Civil Veterinary Department Bihar reports 1936-40 - 1936-1940
Year: 1936
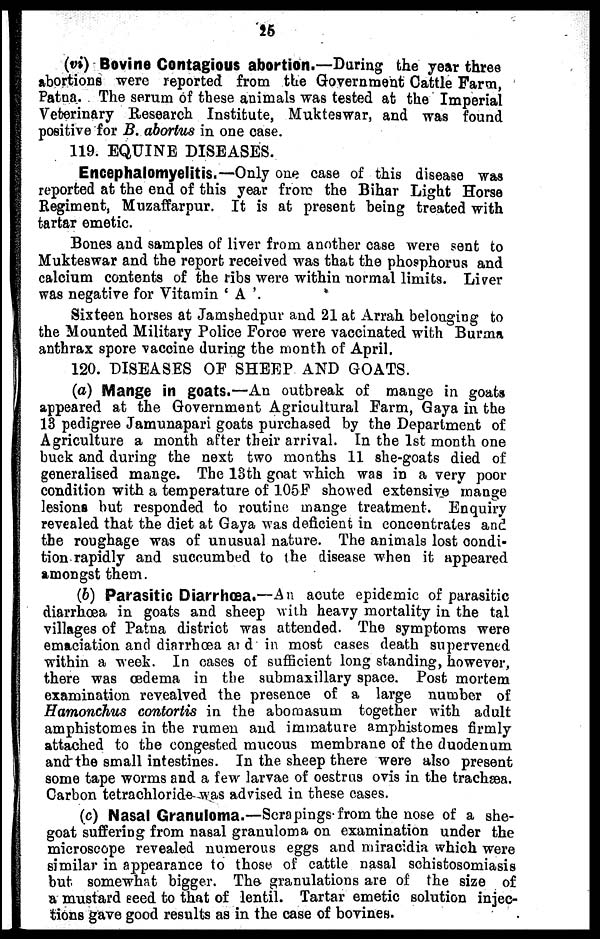
25
(vi) Bovine Contagious abortion.—Baring the year three
abortions were reported from the Government Cattle Farm,
Patna. The serum of these animale was tested at the Imperial
Veterinary Research Institute, Mukteswar, and was found
positive for B. abortus in one case.
119. EQUINE DISEASES.
Encephalomyelitis.—Only one case of this disease was
reported at the end of this year from the Bihar Light Horse
Regiment, Muzaffarpur. It is at present being treated with
tartar emetic.
Bones and samples of liver from another case were sent to
Mukteswar and the report received was that the phosphorus and
calcium contents of the ribs were within normal limits. Liver
was negative for Vitamin 'A'.
Sixteen horses at Jamshedpur and 21 at Arrah belonging to
the Mounted Military Police Force were vaccinated with Burma
anthrax spore vaccine during the month of April.
120. DISEASES OF SHEEP AND GOATS.
(a) Mange in goats.—An outbreak of mange in goats
appeared at the Government Agricultural Farm, Gaya in the
13 pedigree Jamunapari goats purchased by the Department of
Agriculture a month after their arrival. In the 1st month one
buck and during the next two months 11 she-goats died of
generalised mange. The 13th goat which was in a very poor
condition with a temperature of 105F showed extensive mange
lesions hut responded to routine mange treatment. Enquiry
revealed that the diet at Gaya was deficient in concentrates and
the roughage was of unusual nature. The animals lost condi-
tion rapidly and succumbed to the disease when it appeared
amongst them.
(b) Parasitic Diarrhœa.—An acute epidemic of parasitic
diarrhæa in goats and sheep with heavy mortality in the tal
villages of Patna district was attended. The symptoms were
emaciation and diarrhoea and in most cases death supervened
within a week. In oases of sufficient long standing, however,
there was œdema in the submaxillary space. Post mortem
examination revealved the presence of a large number of
Hamonchus contortis in the abomasum together with adult
amphistomes in the rumen and immature amphistomes firmly
attached to the congested mucous membrane of the duodenum
and the small intestines. In the sheep there were also present
some tape worms and a few larvae of oestrus ovis in the trachæa.
Carbon tetrachloride was advised in these cases.
(c) Nasal Granuloma.—Scrapings from the nose of a she-
goat suffering from nasal granuloma on examination under the
microscope revealed numerous eggs and miracidia which were
similar in appearance to those of cattle nasal schistosomiasis
but somewhat bigger. The granulations are of the size of
a mustard seed to that of lentil. Tartar emetic solution injec-
tions gave good results as in the case of bovines.